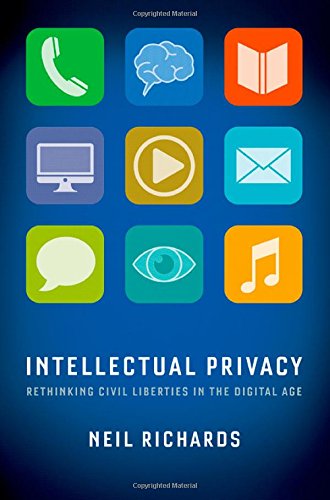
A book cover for Intellectual Privacy: Rethinking Civil Liberties in the Digital Age; Neil Richards; Law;